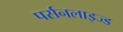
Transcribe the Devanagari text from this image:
पर्सनलाइज्ड